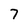
Character: 7